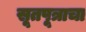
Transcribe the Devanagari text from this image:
सूतपूत्राचा